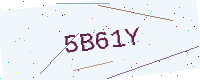
Text: 5B61Y